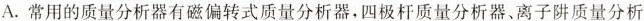
A. 常用的质量分析器有磁偏转式质量分析器，四极杆质量分析器、离子阱质量分析